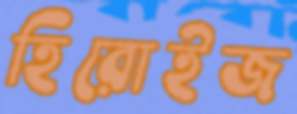
হিরোইজ